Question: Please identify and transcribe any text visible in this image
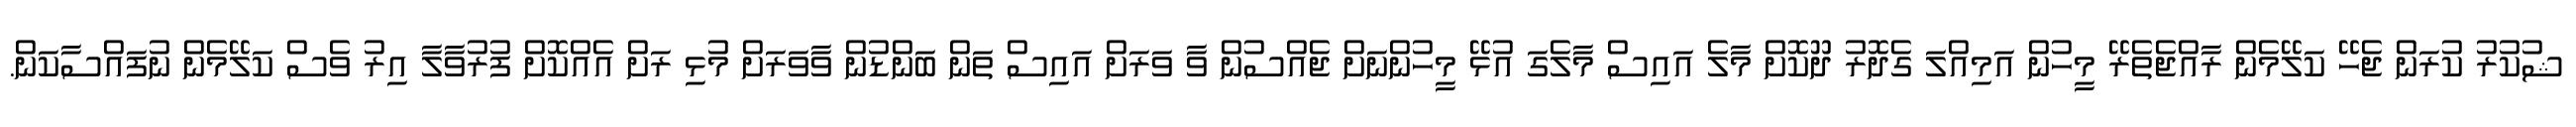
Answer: ޝުކުރު ކުރަން ޖެހޭ ކަލޭމެން ރާއްޖެތެރޭ މީހުން އަމިއްލަ ގެދޮރު ދޫކޮށް މާލެ އައިސް މާލެގަ އުޅޭ މީހުންނަށް ޖެއްސުން ވާ ވަރަށް އައިސް ތަން ބަންޑުން ވާވަރަށް މުޅި ރަށް އެއްކޮށް ފުރުވާލާ އިރު ވެސް ކަލޭމެން ނުފައްސާކަން.